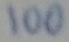
Text: 100